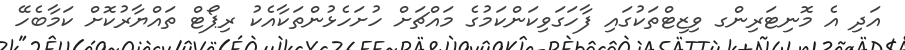
އަދި އެ މޮނިޓަރިންގ ވިޒިޓްތަކުގައި ފާހަގަވިކަންކަމުގެ މައްޗަށް ހުށަހެޅުންތަކާއެކު ރިޕޯޓް ތައްޔާރުކޮށް ކަމާބެހޭ